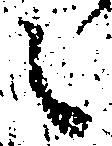
之